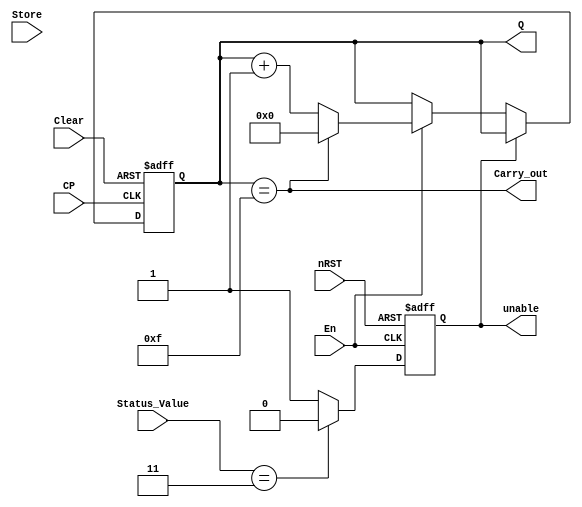
/*
Description:Frequency Dividerand Timing Control top block.
*/
module modulo_counter(Q, Carry_out, unable, CP, Clear, nRST, En, Store, Status_Value); 
parameter     N =  4; 
parameter   MOD = 16; 
output 					Carry_out; 
output reg 	[N-1:0] 	Q; 
output reg    			unable;
input   				CP, Clear, nRST, En, Store;
input 		[1:0] 		Status_Value;

always @(posedge En or negedge nRST) 
begin
	if(!nRST) unable <= 0;
	else begin
		if (Status_Value == 2'b11) unable <= 0;
		else unable <= 1;
	end
end

always @ (posedge CP or negedge Clear) 
begin
	if(!Clear) Q <= 4'b0000; 
	else if(!unable)begin
		if(En) begin	
			if (Q == MOD-1) Q <= 4'b0000;
			else Q <= Q+1'b1;
		end
	end 
end
assign Carry_out = (Q == MOD-1);	
endmodule